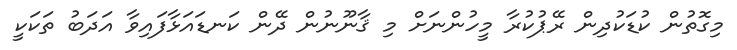
މިގޮތުން ކުޑަކުދިން ރޭޕުކުރާ މީހުންނަށް މި ޤާނޫނުން ދޭން ކަނޑައަޅާފައިވާ އަދަބު ތަކަކީ